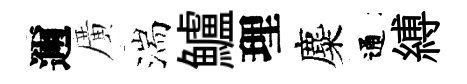
邇廣湍鱸理麋通縛